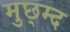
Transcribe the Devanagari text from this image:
मुछ्म्द